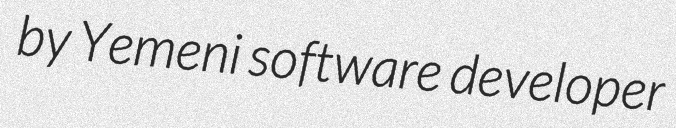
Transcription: by Yemeni software developer